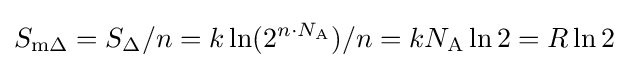
S_{{\text{m}}\Delta }=S_{\Delta }/n=k\ln(2^{n\cdot N_{\text{A}}})/n=kN_{\text{A}}\ln 2=R\ln 2